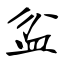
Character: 盆